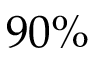
9 0 \%